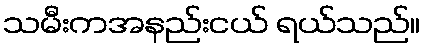
သမီးကအနည်းငယ် ရယ်သည်။